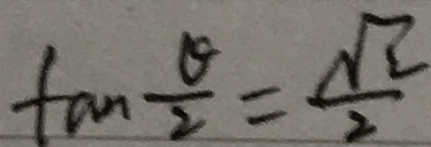
\tan \frac { \theta } { 2 } = \frac { \sqrt { \xi } } { 2 }